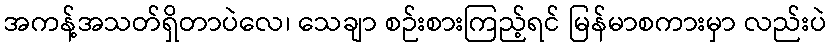
အကန့်အသတ်ရှိတာပဲလေ၊ သေချာ စဉ်းစားကြည့်ရင် မြန်မာစကားမှာ လည်းပဲ